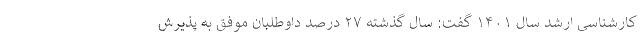
کارشناسی ارشد سال ۱۴۰۱ گفت: سال گذشته ۲۷ درصد داوطلبان موفق به پذیرش